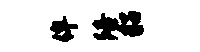
侔陪貂